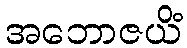
အဘောဇယိံ